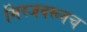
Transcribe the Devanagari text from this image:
मिरजवरूनच